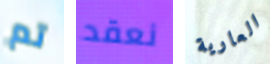
تم نعقد العارية